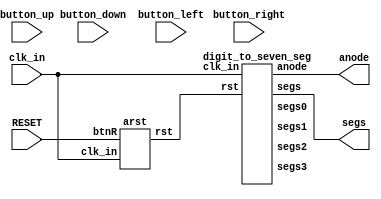
`timescale 1ns / 1ps
//////////////////////////////////////////////////////////////////////////////////
// Company: 
// Engineer: 
// 
// Design Name: 
// Module Name:    game 
// Project Name: 
// Target Devices: 
// Tool versions: 
// Description: 
//
// Dependencies: 
//
// Revision: 
// Revision 0.01 - File Created
// Additional Comments: 
//
//////////////////////////////////////////////////////////////////////////////////
module game(
	input clk_in,
	//input START,
	input RESET,
	input button_up,
	input button_down,
	input button_left,
	input button_right,
	output [3:0] anode,
	output [6:0] segs
    );
	 
	 // Clocks
    wire clk_1Hz;
    wire clk_2Hz;
    wire clk_fast;
	 
	 //debounced buttons
	 wire rst;
	 //wire game_begin;
	 
	 // Display segments
    wire [6:0] segs0;
    wire [6:0] segs1;
    wire [6:0] segs2;
    wire [6:0] segs3;
	 
	 // Asynchronous reset
    arst reseter(
        .clk_in(clk_in),
        .btnR(RESET),
        .rst(rst)
    );
	 
	 // Break up the clock into its different speeds.
    clk_gen c_gen(
        .clk_in(clk_in),
        .rst(rst),
        .clk_1Hz(clk_1Hz),
        .clk_2Hz(clk_2Hz),
		  .clk_fast(clk_fast)
    );
	 
	 //top button
	 debounce bup(
        .clk_in(clk_in),
        .clk_fast(clk_fast),
        .rst(rst),
        .button_in(button_up),
        .button_out(b_up)
    );
	 
	 //bottom button
	 debounce bud(
        .clk_in(clk_in),
        .clk_fast(clk_fast),
        .rst(rst),
        .button_in(button_down),
        .button_out(b_down)
    );
	 
	 //left button
	 debounce bul(
        .clk_in(clk_in),
        .clk_fast(clk_fast),
        .rst(rst),
        .button_in(button_left),
        .button_out(b_left)
    );
	 
	 //right button
	 debounce bur(
        .clk_in(clk_in),
        .clk_fast(clk_fast),
        .rst(rst),
        .button_in(button_right),
        .button_out(b_right)
    );
	 
	 /*debounce start(
        .clk_in(clk_in),
        .clk_fast(clk_fast),
        .rst(rst),
        .button_in(START),
        .button_out(game_begin)
    );
	 
	 // Toggle start
    reg start_reg = 0;
    always @ (posedge clk_in) begin
        if (rst) begin
            start_reg <= 0;
        end
        else if (game_begin) begin
            start_reg <= ~start_reg;
        end
        else begin
            start_reg <= start_reg;
        end
    end*/
	
	// Handle which digit displays what
    digit_to_seven_seg dts(
        .clk_in(clk_in),
        .rst(rst),
        .segs0(segs0),        // XX:XY
        .segs1(segs1),        // XX:YX
        .segs2(segs2),        // XY:XX
        .segs3(segs3),         // YX:XX
		  .segs(segs),
		  .anode(anode)
    );

endmodule

module clk_gen(
	input clk_in,
	input rst,
	output reg clk_1Hz,
   output reg clk_2Hz,
	output reg clk_fast
);
	reg [25:0] count_1Hz;   // Large enough to hold 50,000,000 states
   reg [24:0] count_2Hz;   // Large enough to hold 25,000,000 states
	reg [16:0] count_fast;  // Large enough to hold 100,000 states
	
	//1 Hz clock
	always @(posedge clk_in) begin
        if (rst) begin
            count_1Hz <= 0;
            clk_1Hz <= 0;
        end
       
        // 50,000,000 states with 50% duty = divide by 100,000,000 clock
        else if (count_1Hz == 26'd49_999_999) begin // 49_999_999
        // else if (count_1Hz == 26'd490) begin // 490 for simulation
            clk_1Hz <= ~clk_1Hz;
            count_1Hz <= 0;
        end

        // Increment count
        else begin
            count_1Hz <= count_1Hz + 1'd1;
        end
    end
	 
	 //2 Hz clock
	 always @(posedge clk_in) begin
        // Reset
        if (rst) begin
            count_2Hz <= 0;
            clk_2Hz <= 0;
        end

        // 25,000,000 states with 50% duty = divide by 50,000,000 clock
        else if (count_2Hz == 25'd24_999_999) begin // 24_999_999
        // else if (count_2Hz == 25'd240) begin // 240 for simulation
            clk_2Hz <= ~clk_2Hz;
            count_2Hz <= 0;
        end
        
        // Increment count
        else begin
            count_2Hz <= count_2Hz + 1'd1;
        end
    end
	 
	 // fast clock
    always @(posedge clk_in) begin
        // Reset
        if (rst) begin
            count_fast <= 0;
            clk_fast <= 0;
        end

        // 100,000 states with 50% duty = divide by 200,000 clock
        else if (count_fast == 19'd199_999) begin // 199_999
        // else if (count_fast == 19'd19) begin // 19 for simulation
            clk_fast <= ~clk_fast;
            count_fast <= 0;
        end
        
        // Increment count
        else begin
            count_fast <= count_fast + 1'd1;
        end
    end
endmodule

module arst(
    input clk_in,
    input btnR,
    output wire rst
    );

    wire arst_i;
    reg [1:0] arst_ff;
    assign arst_i = btnR;
    assign rst = arst_ff[0];
    
    always @ (posedge clk_in, posedge arst_i)
        if (arst_i) begin
            arst_ff <= 2'b11;
        end

        else begin
            arst_ff <= {1'b0, arst_ff[1]};
        end
endmodule

module debounce(
    input clk_in,
    input clk_fast,
    input rst,
    input button_in,
    output wire button_out
    );

    wire btn_i;
    reg [2:0] step_d;
    assign btn_i = button_in;
    assign button_out = step_d[0];

    always @ (posedge clk_in) begin
        if (rst) begin
            step_d[2:0]  <= 0;
        end
        else if (clk_fast) begin
            if (btn_i) begin
                step_d <= 3'b111;
            end
            else begin 
                step_d[2:0]  <= {btn_i, step_d[2:1]};
            end
        end
    end
endmodule

module digit_to_seven_seg(
    input clk_in,
    input rst,
    output reg [6:0] segs0,
    output reg [6:0] segs1,
    output reg [6:0] segs2,
    output reg [6:0] segs3,
	 output reg [6:0] segs,
	 output reg [3:0] anode
    );

	reg [1:0] count = 0;
	always @(posedge clk_in, posedge rst) begin 
		//count <= count + 1'd1;
		 
		if (rst) begin
			segs0 <= 7'b1111111;
			segs1 <= 7'b1111111;
			segs2 <= 7'b1111111;
			segs3 <= 7'b1111111;
			count <= count + 1'd1;
		end
		else if (count == 1'd0) begin
			 anode <= 4'b1110;
			 segs0 <= 7'b0000111;
			segs1 <= 7'b1111111;
			segs2 <= 7'b1111111;
			segs3 <= 7'b1111111;
			 segs <= segs0;
			 count <= count + 1'd1;
		end
		else if (count == 1'd1) begin
			 anode <= 4'b1101;
			 segs0 <= 7'b1111111;
			segs1 <= 7'b0011101;
			segs2 <= 7'b1111111;
			segs3 <= 7'b1111111;
			 segs <= segs1;
			 count <= count + 1'd1;
		end
		else if (count == 2'd2) begin
			 anode <= 4'b1011;
			 segs0 <= 7'b1111111;
			segs1 <= 7'b1111111;
			segs2 <= 7'b1100011;
			segs3 <= 7'b1111111;
			 segs <= segs2;
			 count <= count + 1'd1;
		end
		else begin
			 anode <= 4'b0111;
			 segs0 <= 7'b1111111;
			segs1 <= 7'b1111111;
			segs2 <= 7'b1111111;
			segs3 <= 7'b0110001;
			 segs <= segs3;
			 count <= count + 1'd1;
		end
	end
endmodule